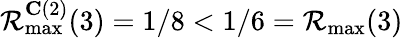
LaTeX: \mathcal{R}_{\operatorname*{max}}^{\mathbf{C}(2)}(3)=1/8<1/6=\mathcal{R}_{\operatorname*{max}}(3)